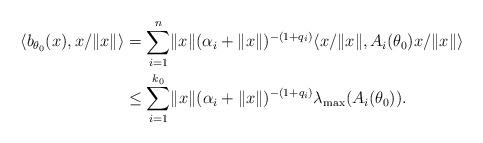
LaTeX: \begin{align*}\langle b_{\theta_0}(x), x\slash \lVert x \rVert \rangle &= \sum_{i=1}^n \lVert x \rVert ( \alpha_i + \lVert x\rVert)^{-(1+q_i)} \langle x\slash \lVert x \rVert, A_i(\theta_0)x\slash \lVert x \rVert \rangle\\&\leq \sum_{i=1}^{k_0} \lVert x \rVert ( \alpha_i + \lVert x\rVert)^{-(1+q_i)} \lambda_{\max}(A_i(\theta_0)).\end{align*}